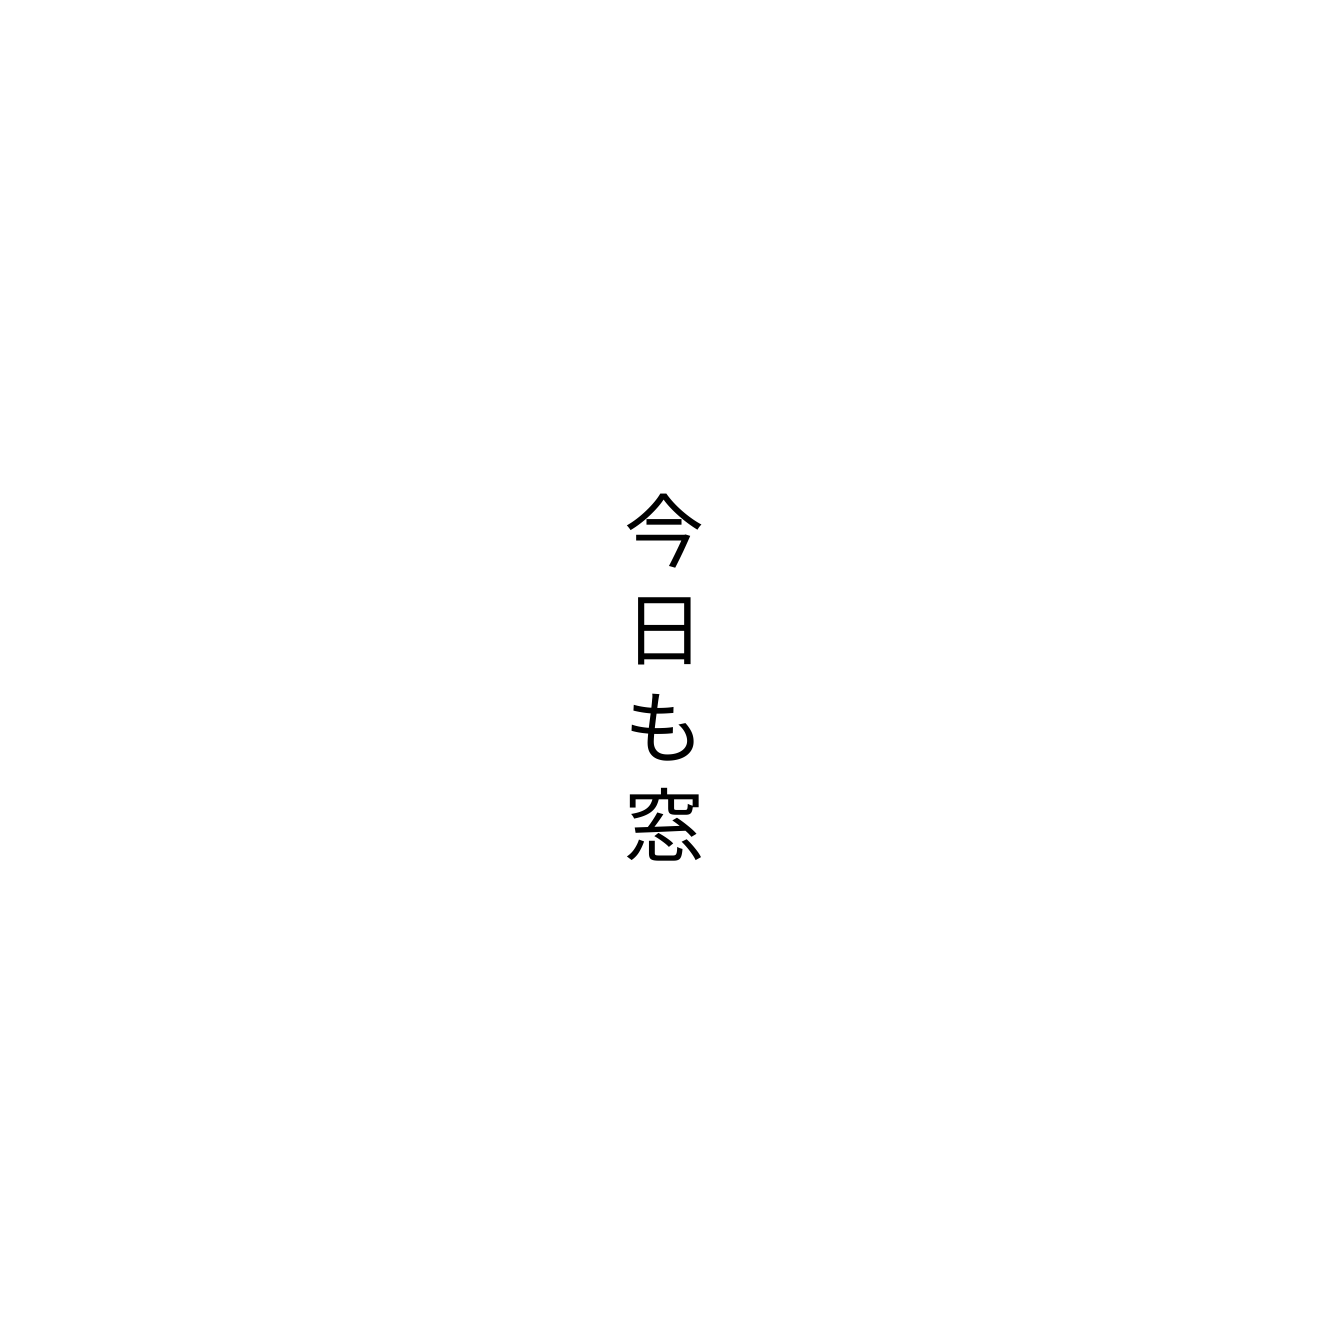
今日も窓